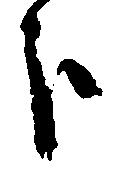
歩